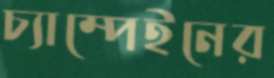
চ্যাম্পেইনের